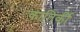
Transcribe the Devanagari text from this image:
कातिर्की